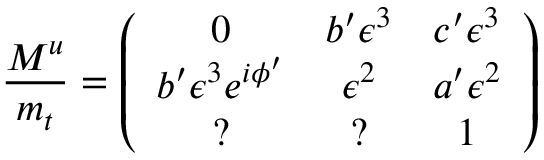
\frac { M ^ { u } } { m _ { t } } = \left( \begin{array} { c c c } { { 0 } } & { { b ^ { \prime } \epsilon ^ { 3 } } } & { { c ^ { \prime } \epsilon ^ { 3 } } } \\ { { b ^ { \prime } \epsilon ^ { 3 } e ^ { i \phi ^ { \prime } } } } & { { \epsilon ^ { 2 } } } & { { a ^ { \prime } \epsilon ^ { 2 } } } \\ { { ? } } & { { ? } } & { { 1 } } \end{array} \right)